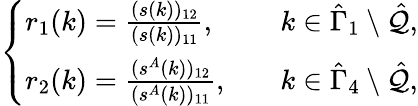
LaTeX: \begin{array}{r}{\left\{ \begin{array}{ll}{r_{1}(k)=\frac{(s(k))_{12}}{(s(k))_{11}},}&{k\in\hat{\Gamma}_{1}\setminus\hat{\mathcal{Q}},}\\ {r_{2}(k)=\frac{(s^{A}(k))_{12}}{(s^{A}(k))_{11}},\quad}&{k\in\hat{\Gamma}_{4}\setminus\hat{\mathcal{Q}},}\end{array}\right.}\end{array}